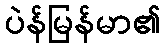
ပဲန်မြန်မာ၏